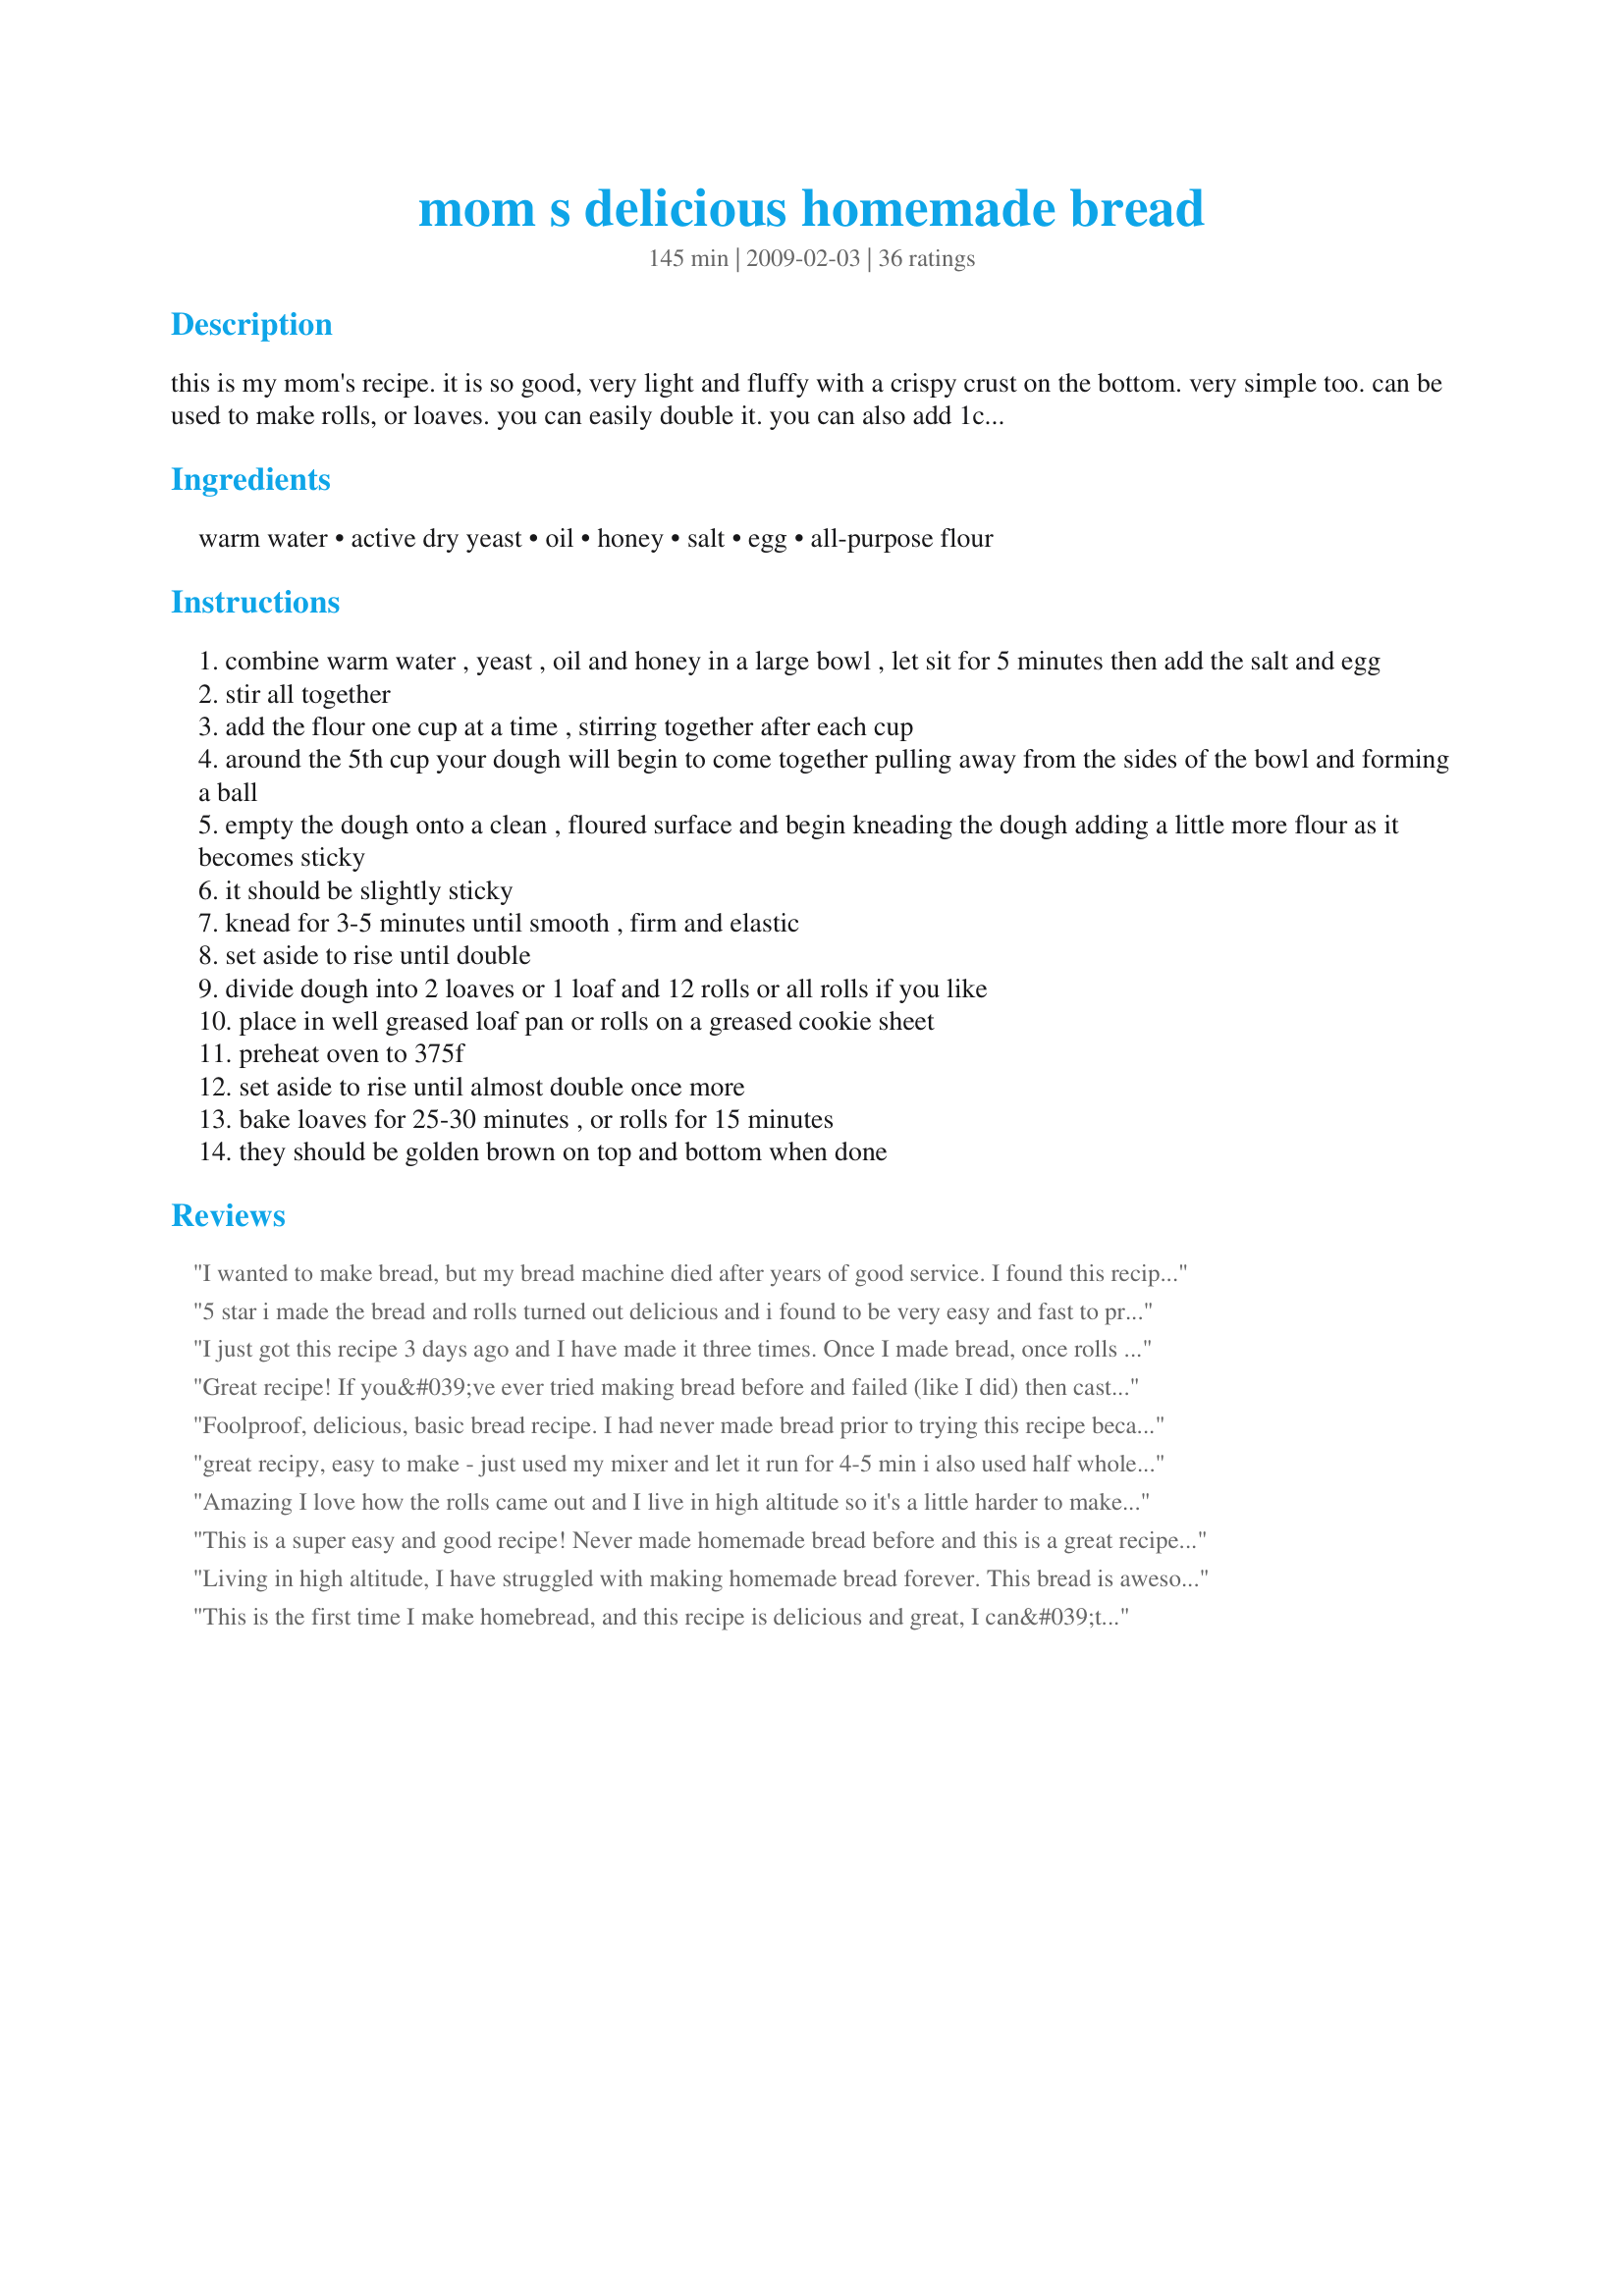
mom s delicious homemade bread
Preparation time: 145 minutes

this is my mom's recipe. it is so good, very light and fluffy with a crispy crust on the bottom. very simple too. can be used to make rolls, or loaves. you can easily double it. you can also add 1c. raisins and/or slivered almonds,orange/lemon zest and vanilla extract to a loaf for a festive holiday bread. the options are endless!

Ingredients:
warm water, active dry yeast, oil, honey, salt, egg, all-purpose flour

Steps:
combine warm water , yeast , oil and honey in a large bowl , let sit for 5 minutes then add the salt and egg
stir all together
add the flour one cup at a time , stirring together after each cup
around the 5th cup your dough will begin to come together pulling away from the sides of the bowl and forming a ball
empty the dough onto a clean , floured surface and begin kneading the dough adding a little more flour as it becomes sticky
it should be slightly sticky
knead for 3-5 minutes until smooth , firm and elastic
set aside to rise until double
divide dough into 2 loaves or 1 loaf and 12 rolls or all rolls if you like
place in well greased loaf pan or rolls on a greased cookie sheet
preheat oven to 375f
set aside to rise until almost double once more
bake loaves for 25-30 minutes , or rolls for 15 minutes
they should be golden brown on top and bottom when done

Reviews:
I wanted to make bread, but my bread machine died after years of good service. I found this recipe and thought what the heck I&#039;ll give it a try (a baker I am not). WOW! The bread turned out better than my machine had done. It&#039;s sooooo good. I didn&#039;t have honey, so I used sugar. I will make this again and again. Thank you for posting this recipe.
5 star i made the bread and rolls turned out delicious and i found to be very easy and fast to prepare i will continue to keep using your moms recipe and shareing it with all my family ,thank you for shareing it .marietta
I just got this recipe 3 days ago and I have made it three times. Once I made bread, once rolls and today I made cinnamon bread and all 3 times it turned out great! Easy to make and the only thing I did different was put a pan of boiling water on the bottom of the oven and it rose within 1/2 hour. Best recipe ever!!!!
Great recipe! If you&#039;ve ever tried making bread before and failed (like I did) then cast your worries aside and begin your new life as a baker. I&#039;ve made this bread several times so far and have even played around with recipe by adding things like herbs, cheese, seeds, soaked grains etc. Follow the steps and you will have fluffy, light bread just like you buy from the store.
Foolproof, delicious, basic bread recipe. I had never made bread prior to trying this recipe because I always thought it was too hard, but it doesn&#039;t get any easier than this. I halved the recipe to make 1 loaf because I only needed enough for my husband &amp; I &amp; it couldn&#039;t have come out better. I paired it with homemade honey butter &amp; it was out of this world! This is a must try for any bread novice in hopes of learning how to bake their own bread.
great recipy, easy to make - just used my mixer and let it run for 4-5 min i also used half whole weat flower - very fluffy and light! we will see how the kids like them tomorow as sandwichis for school
Amazing I love how the rolls came out and I live in high altitude so it's a little harder to make bread but with this recipe I had to add a little more flour but still the fact that they came out so perfect 5+ stars
This is a super easy and good recipe! Never made homemade bread before and this is a great recipe to start with. To let mine rise I put a warm wet cloth over it in a warm part of the house and that seems to speed up the process for me. This recipe doing it that way probably takes about 1 hr 15 min to 1 hr 1/2. Very tasty too! My husband and I use this bread for French toast.
Living in high altitude, I have struggled with making homemade bread forever. This bread is awesome and as foolproof as I have ever seen. Two thumbs up and thank you for the share!!!
This is the first time I make homebread, and this recipe is delicious and great, I can&#039;t wait for my family to try it
. I don&#039;t like using sugar, having the honey as a substitute makes it soft. Five Star+++
Very good recipe! I made two loaves and the only change I made was to substitute 1 1/2 cups whole wheat flour for some of the white flour. It was easy to make in the stand mixer. It doesn't look like there will be any left for toast tomorrow, so I will have to make more. Thanks for sharing your family recipe.
I love this bread. I make it all the time and my sister-in-law loves it so much she's started making it too. It's so easy to follow, even for a newbie to bread making. I'd strongly suggest giving this one a try if you're at all nervous about trying to make bread. It's such an awesome bread to help you get confident and be willing to try more complicated types.
I did it! I made bread! Tried making bread a while back and it was a failed attempt. My husband really wanted me to try again and I found this recipe. I&#039;m not a huge fan of bread maker bread (plus I don&#039;t own one anyway!) so I wanted to try it from scratch. I even altered the recipe a bit using 2 cups of whole wheat flour and 3 cups of bread flour. After reading some reviews, I place a bowl of hot water next to the dough in the oven and it rose in no time! The result? Delicious, melt in your mouth bread! I also rubbed the tops with butter when I took them out of the oven. Will definitely use this recipe again!
I followed the instructions to a T and my loaf and rolls did not come out good. I don't know where I went wrong but they came out too doughy and undercooked in the middle. It doesn't look like they rose properly the second time even though I left them longer to rise the second time then I did the first time (first time they doubled). I really had high hopes for this since there are so many great reviews for this recipe. Sadly, it was a failure for me.
Wonderful &lt;3 And the very first bread recipe I've since tried that worked for me!
This recipe is so simple and the bread taste so good and the bread rolls turned out amazing! Will definitely reuse this recipe!!
I made this bread a few weeks ago to compliment some homemade veggie soup I was making. This bread was excellent. Great recipe!
It's more like 6 cups of flour. If you just do 5 it's a sticky mess at first and you have to add about a cup to fix it anyways. Made dinner rolls
Great bread recipe. I just used it in French toast for breakfast, turned out great.
The best bread recipe I've found yet. I'm always looking for basic bread recipes, this one was perfect. Made one loaf and rolls. Only had to add 1/4 cup flour, otherwise, followed recipe exactly. VERY YUMMY. My wire and 2 year old son loved it too!! Thank you!!
great recipe.... quick and easy to make.... turned one loaf into a garbage bread with peperoni, salami, cheese... wonderful!
Best recipe and homemade bread ever!!! I burned so many things in my baking career and this recipe was my first accomplishment! I made and brought it to class one day and everyone loved it!!
Oh my goodness! I have tried so many bread recipes in the past! This one is amazing and so easy! It&#039;s a must! Followed recipe and exactly and used 5.5 Cups of flour. Warmed the bowl and let rise the first time in unheated oven above a 9x13 baking pan filled with boiling water. It is so lovely! Thank you!
Every cook needs to have some&quot;go to&quot; recipes, the ones that are so good that you commit the recipe to memory. This is my go to bread recipe!!! I love this recipe as I use it for loaf bread and cinnamon rolls. I use a kitchen aid mixer to knead bread. Super easy and everybody loves my bread and cinnamon rolls!

Using kitchen aid mixer: I mix my warm water, honey and yeast. Wait about 5 minutes, in mixing bowl add yeast mixture with oil (or butter), egg, and salt. Mix well, add 5 cups flour. Knead 2minutes adding 1/2 cup flour at a time until it does not stick to side of bowl. Knead 2 more minutes in kitchen aid. Dough is sticky.. I flour my hands before working with dough.
Let me just start by saying I have NEVER made homemade bread before and I was very apprehensive. I've tried to use yeast in the past and had no success, but I was eager to try again. I looked at several recipes for homemade bread online, and this one seemed the most foolproof (and had the BEST reviews!). I made one loaf and 12 rolls and they turned out PERFECT. I seriously cannot get over it. I wanted to call everyone I knew and tell them. <br/><br/>I did take a few notes from reviews on this recipe and on other websites I visited. Namely, I warmed the bowl before adding the water & yeast by pouring in hot water and then pouring it out. Then I combined only the water and yeast (and made sure it was completely mixed) before adding the oil and honey. And, thanks to a tip from one of the other reviewers, I put a pot of boiled water in the oven along with the dough while it was rising, and it only took about 45 minutes for it to rise. <br/><br/>Thank you so much for sharing this recipe. It's so delicious, and I cannot wait to make it again!
WOW this is great bread so soft and fluffy , easy to put together.<br/>Made two big loaves,I'll be making this bread often .<br/>Thanks for a awesome recipe.
I have tried many times to make homemade bread, only to have some unknown thing go wrong. This turned out great!! My daughter said, &quot;Wow, this is better than the stuff from the store!&quot; and ate half a loaf herself! Thank you so much for a recipe that worked for me and is loved by all!
Wonderful bread recipe! I added 2 tbls dried oregano, 2 tbls dried basil, 1 tsp onion powder and 1 tsp garlic powder when adding salt and egg for an herbed bread. Delicious!!!!
This was very good. Easy to make. Made it with raisins and without. Both ways were very good. 
Thank you for sharing.
Quick. Easy. I have a hard time not making dense bread. This was moist and delicious. It wasn't dense and was a good all around bread. I'll be using it for this thanksgiving and recommend it to anyone who is looking for a good recipe.
I would give you 10 stars for this recipe! MY Family LOVES this bread. I have always wanted to give home made bread a try. But all I would see is these bread recipe made with a bread machine "I don't have one" So I went searching and found this recipe. I have made it twice since I found it. The first day I made it the 2 loaves were gone in 1 day by 3 of us. LOL I couldn't keep my girls from it. Next day my DD emails me from work and asks that I make it again. I could I not when it was so good and easy :) Now.......mind you, I told them to stay away from 1 loaf cuz I want to use it for another recipe, they complied with grinding teeth LOL. This weekend instead of loaves I am going to make dinner rolls. Wow...so that means I will have made this recipe 3 times in 1 week. See how good this recipe is? Thank you so much for posting this recipe and I will make a zillion times for sure :)
This bread is great. The flavor and texture is very nice, I might play with the salt and honey quantities next time, depending on what I'll use it for. Mine had risen beautifully and after I put it in the oven and went to check it after 15 mins (for rolls), I kept wondering why it wouldn't brown or finish rising! It turns out my DD turned off the oven! So the rolls and the loaf came out more dense than expected, lol. In any case, I know I'll make this recipe again. Thank you for sharing! Made for the Swizzle Chicks and ZWT6, Germany.
I'm so pleased with how this turned out will be the only bread my family eats from now on....I'm trying to become self reliant and make all my food, cleaners, soaps by hand. I didn't have honey and used agave nectar loved it lol.
Better than expected! Thank you!
I must say this recipe was on point!!! I was so nervous but it came out so moist and delicious.. my bread was fluffy and melted in my mouth. I did use 6 cups of flower and 2 packets of yeast and I kneaded the dough for almost 10 minutes.. I used the boiling water in a pot and put it in oven to help my bread ruse and it worked great.. will be making this for thanksgiving and forever on and making it sweat it tasty..
Thank you soooooo much 4 this recipe!!!! I have recently gotten n2 baking my own bread,
